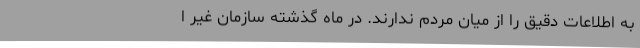
به اطلاعات دقیق را از میان مردم ندارند. در ماه گذشته سازمان غیر ا